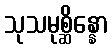
သုသမုစ္ဆိန္နော